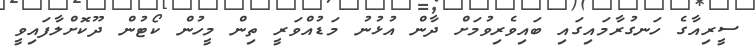
ސީރިއާގެ ހަނގުރާމައިގައި ބައިވެރިވުމަށް ދާން އުޅުނު މަޑުއްވަރީ ތިން މީހުން ކޯޓުން ދޫކޮށްލާފައިވީ